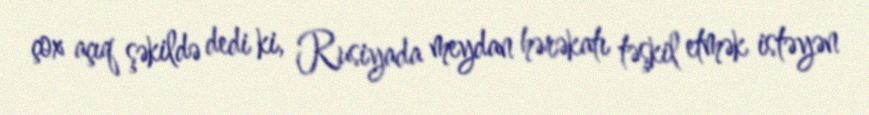
çox açıq şəkildə dedi ki, Rusiyada meydan hərəkatı təşkil etmək istəyən